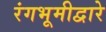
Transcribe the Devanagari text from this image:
रंगभूमीद्वारे